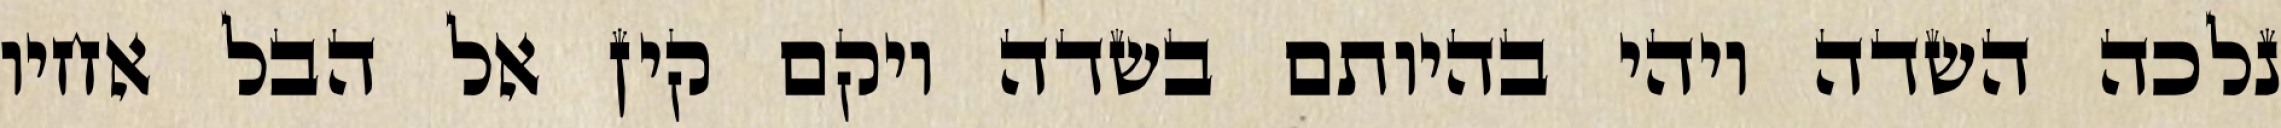
נלכה השדה ויהי בהיותם בשדה ויקם קין אל הבל אחיו